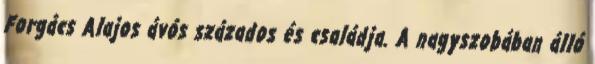
Forgács Alajos ávós százados és családja. A nagyszobában álló